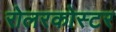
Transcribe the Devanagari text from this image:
रोलरकोस्टर